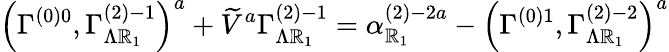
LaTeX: \left(\Gamma_{}^{\left(0\right)0},\Gamma_{\Lambda\mathbb{R}_{1}}^{\left(2\right)-1}\right)^{a}+\widetilde{{V}}^{a}\Gamma_{\Lambda\mathbb{R}_{1}}^{\left(2\right)-1}=\alpha_{\mathbb{R}_{1}}^{\left(2\right)-2a}-\left(\Gamma_{}^{\left(0\right)1},\Gamma_{\Lambda\mathbb{R}_{1}}^{\left(2\right)-2}\right)^{a}